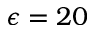
\epsilon = 2 0